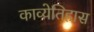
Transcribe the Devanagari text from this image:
काव्येतिहास